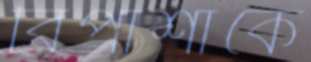
বিপাশাকে